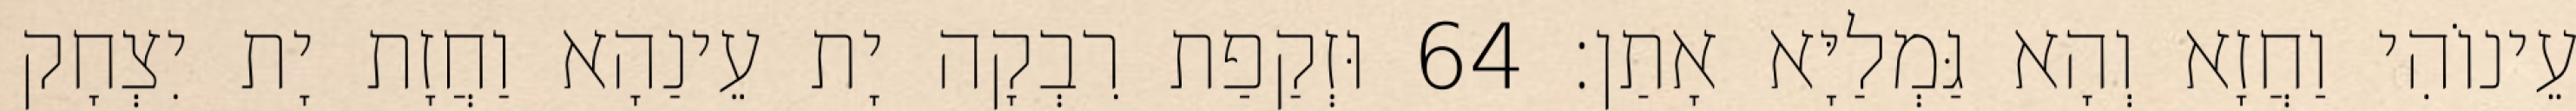
עֵינוֹהִי וַחֲזָא וְהָא גַּמְלַיָּא אָתַן׃ 64 וּזְקַפַת רִבְקָה יָת עֵינַהָא וַחֲזָת יָת יִצְחָק